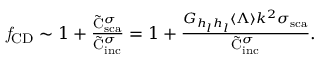
\begin{array} { r } { \mathit { f } _ { \mathrm { { C D } } } \sim 1 + \frac { { \tilde { \mathrm { { C } } } _ { \mathrm { { s c a } } } ^ { \sigma } } } { \tilde { \mathrm { { C } } } _ { \mathrm { { i n c } } } ^ { \sigma } } = 1 + \frac { { { G _ { h _ { l } h _ { l } } } \langle \Lambda \rangle { k ^ { 2 } \sigma _ { \mathrm { { s c a } } } } } } { \tilde { \mathrm { { C } } } _ { \mathrm { { i n c } } } ^ { \sigma } } . } \end{array}